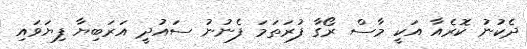
ދެކުނު ކޮރެއާ އަކީ މާސް ރޯގާ ފުރަތަމަ ފެނުނު ސައުދީ އަރަބިޔާ ފިޔަވައި